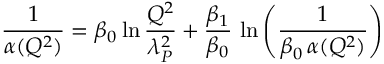
{ \frac { 1 } { \alpha ( Q ^ { 2 } ) } } = \beta _ { 0 } \ln { \frac { Q ^ { 2 } } { \lambda _ { P } ^ { 2 } } } + { \frac { \beta _ { 1 } } { \beta _ { 0 } } } \, \ln \left( \frac { 1 } { \beta _ { 0 } \, \alpha ( Q ^ { 2 } ) } \right)